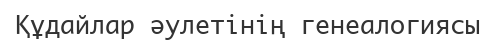
Құдайлар әулетінің генеалогиясы